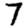
Digit: 7